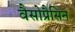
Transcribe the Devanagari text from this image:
वैसोप्रैसिन